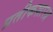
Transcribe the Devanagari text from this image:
प्रतीकशास्त्र